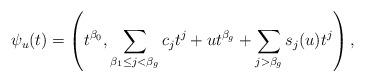
LaTeX: \begin{align*}\psi_{u}(t)=\left(t^{\beta_0},\displaystyle\sum_{\beta_1 \leq j <\beta_{g}}c_jt^{j}+ ut^{\beta_{g}}+\displaystyle\sum_{j > \beta_{g}}s_j(u)t^{j}\right),\end{align*}